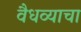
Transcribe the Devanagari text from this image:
वैधव्याचा